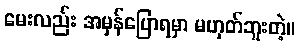
မေးလည်း အမှန်ပြောရမှာ မဟုတ်ဘူးတဲ့။